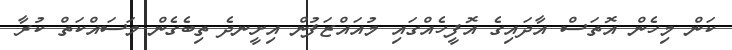
ކަން މިހެން އޮތަސް އާދައިގެ އޮފީހެއްގައި މުއައްޒަފުން އިށީނދެ ތިބެގެން މަސައްކަތް ކުރާ